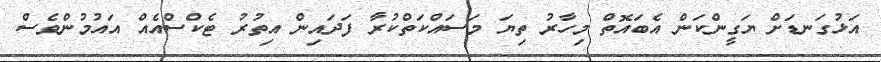
އަޅުގަނޑަށް ޔަގީންކަން އެބައޮތް މިހާރު ތިޔަ މަސައްކަތްކުރާ ފަދައިން އިތުރު ޓެކްސްއެއް އައުމުންވެސް